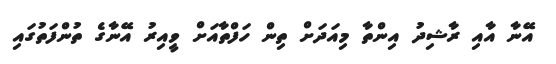
އޭނާ އާއި ރާޝިދު އިންތާ މިއަދަށް ތިން ހަފްތާއަށް ވީއިރު އޭނާގެ ތުންފަތުގައި